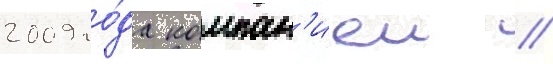
2009 го́да компан'иеи //